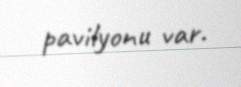
pavilyonu var.